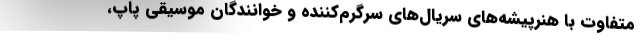
متفاوت با هنرپیشه‌های سریال‌های سرگرم‌کننده و خوانندگان موسیقی پاپ،